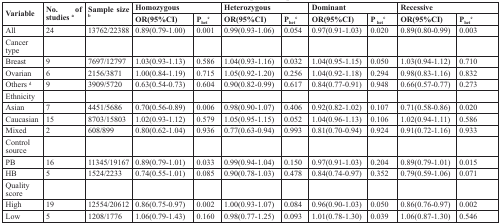
<table><thead><tr><td rowspan="2"><b>Variable</b></td><td rowspan="2"><b>No. of studies <sup>a</sup></b></td><td rowspan="2"><b>Sample size <sup>b</sup></b></td><td colspan="2"><b>Homozygous</b></td><td colspan="2"><b>Heterozygous</b></td><td colspan="2"><b>Dominant</b></td><td colspan="2"><b>Recessive</b></td></tr><tr><td><b>OR(95%CI)</b></td><td><b>P<sub>het</sub><sup>c</sup></b></td><td><b>OR(95%CI)</b></td><td><b>P<sub>het</sub><sup>c</sup></b></td><td><b>OR(95%CI)</b></td><td><b>P <sub>het</sub><sup>c</sup></b></td><td><b>OR(95%CI)</b></td><td><b>P<sub>het</sub><sup>c</sup></b></td></tr></thead><tbody><tr><td>All</td><td>24</td><td>13762/22388</td><td>0.89(0.79-1.00)</td><td>0.001</td><td>0.99(0.93-1.06)</td><td>0.054</td><td>0.97(0.91-1.03)</td><td>0.020</td><td>0.89(0.80-0.99)</td><td>0.003</td></tr><tr><td>Cancer type</td><td></td><td></td><td></td><td></td><td></td><td></td><td></td><td></td><td></td><td></td></tr><tr><td>Breast</td><td>9</td><td>7697/12797</td><td>1.03(0.93-1.13)</td><td>0.586</td><td>1.04(0.93-1.16)</td><td>0.032</td><td>1.04(0.95-1.15)</td><td>0.050</td><td>1.03(0.94-1.12)</td><td>0.710</td></tr><tr><td>Ovarian</td><td>6</td><td>2156/3871</td><td>1.00(0.84-1.19)</td><td>0.715</td><td>1.05(0.92-1.20)</td><td>0.256</td><td>1.04(0.92-1.18)</td><td>0.294</td><td>0.98(0.83-1.16)</td><td>0.832</td></tr><tr><td>Others <sup>d</sup></td><td>9</td><td>3909/5720</td><td>0.63(0.54-0.73)</td><td>0.604</td><td>0.90(0.82-0.99)</td><td>0.617</td><td>0.84(0.77-0.91)</td><td>0.948</td><td>0.66(0.57-0.77)</td><td>0.273</td></tr><tr><td>Ethnicity</td><td></td><td></td><td></td><td></td><td></td><td></td><td></td><td></td><td></td><td></td></tr><tr><td>Asian</td><td>7</td><td>4451/5686</td><td>0.70(0.56-0.89)</td><td>0.006</td><td>0.98(0.90-1.07)</td><td>0.406</td><td>0.92(0.82-1.02)</td><td>0.107</td><td>0.71(0.58-0.86)</td><td>0.020</td></tr><tr><td>Caucasian</td><td>15</td><td>8703/15803</td><td>1.02(0.93-1.12)</td><td>0.579</td><td>1.05(0.95-1.15)</td><td>0.052</td><td>1.04(0.96-1.13)</td><td>0.106</td><td>1.02(0.94-1.11)</td><td>0.586</td></tr><tr><td>Mixed</td><td>2</td><td>608/899</td><td>0.80(0.62-1.04)</td><td>0.936</td><td>0.77(0.63-0.94)</td><td>0.993</td><td>0.81(0.70-0.94)</td><td>0.924</td><td>0.91(0.72-1.16)</td><td>0.933</td></tr><tr><td>Control source</td><td></td><td></td><td></td><td></td><td></td><td></td><td></td><td></td><td></td><td></td></tr><tr><td>PB</td><td>16</td><td>11345/19167</td><td>0.89(0.79-1.01)</td><td>0.033</td><td>0.99(0.94-1.04)</td><td>0.150</td><td>0.97(0.91-1.03)</td><td>0.204</td><td>0.89(0.79-1.01)</td><td>0.015</td></tr><tr><td>HB</td><td>5</td><td>1524/2233</td><td>0.74(0.55-1.01)</td><td>0.085</td><td>0.90(0.78-1.03)</td><td>0.478</td><td>0.84(0.74-0.97)</td><td>0.352</td><td>0.79(0.59-1.06)</td><td>0.071</td></tr><tr><td>Quality score</td><td></td><td></td><td></td><td></td><td></td><td></td><td></td><td></td><td></td><td></td></tr><tr><td>High</td><td>19</td><td>12554/20612</td><td>0.86(0.75-0.97)</td><td>0.002</td><td>1.00(0.93-1.07)</td><td>0.084</td><td>0.96(0.90-1.03)</td><td>0.050</td><td>0.86(0.76-0.97)</td><td>0.002</td></tr><tr><td>Low</td><td>5</td><td>1208/1776</td><td>1.06(0.79-1.43)</td><td>0.160</td><td>0.98(0.77-1.25)</td><td>0.093</td><td>1.01(0.78-1.30)</td><td>0.039</td><td>1.06(0.87-1.30)</td><td>0.546</td></tr></tbody></table>